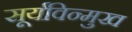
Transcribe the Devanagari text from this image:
सूर्यविन्मुख